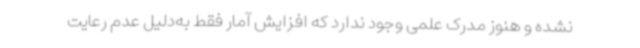
نشده و هنوز مدرک علمی وجود ندارد که افزایش آمار فقط به‌دلیل عدم رعایت